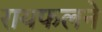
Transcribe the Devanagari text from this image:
रायफलने